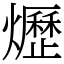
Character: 爏